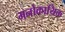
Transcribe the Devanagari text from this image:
मनोकायिक